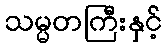
သမ္မတကြီးနှင့်